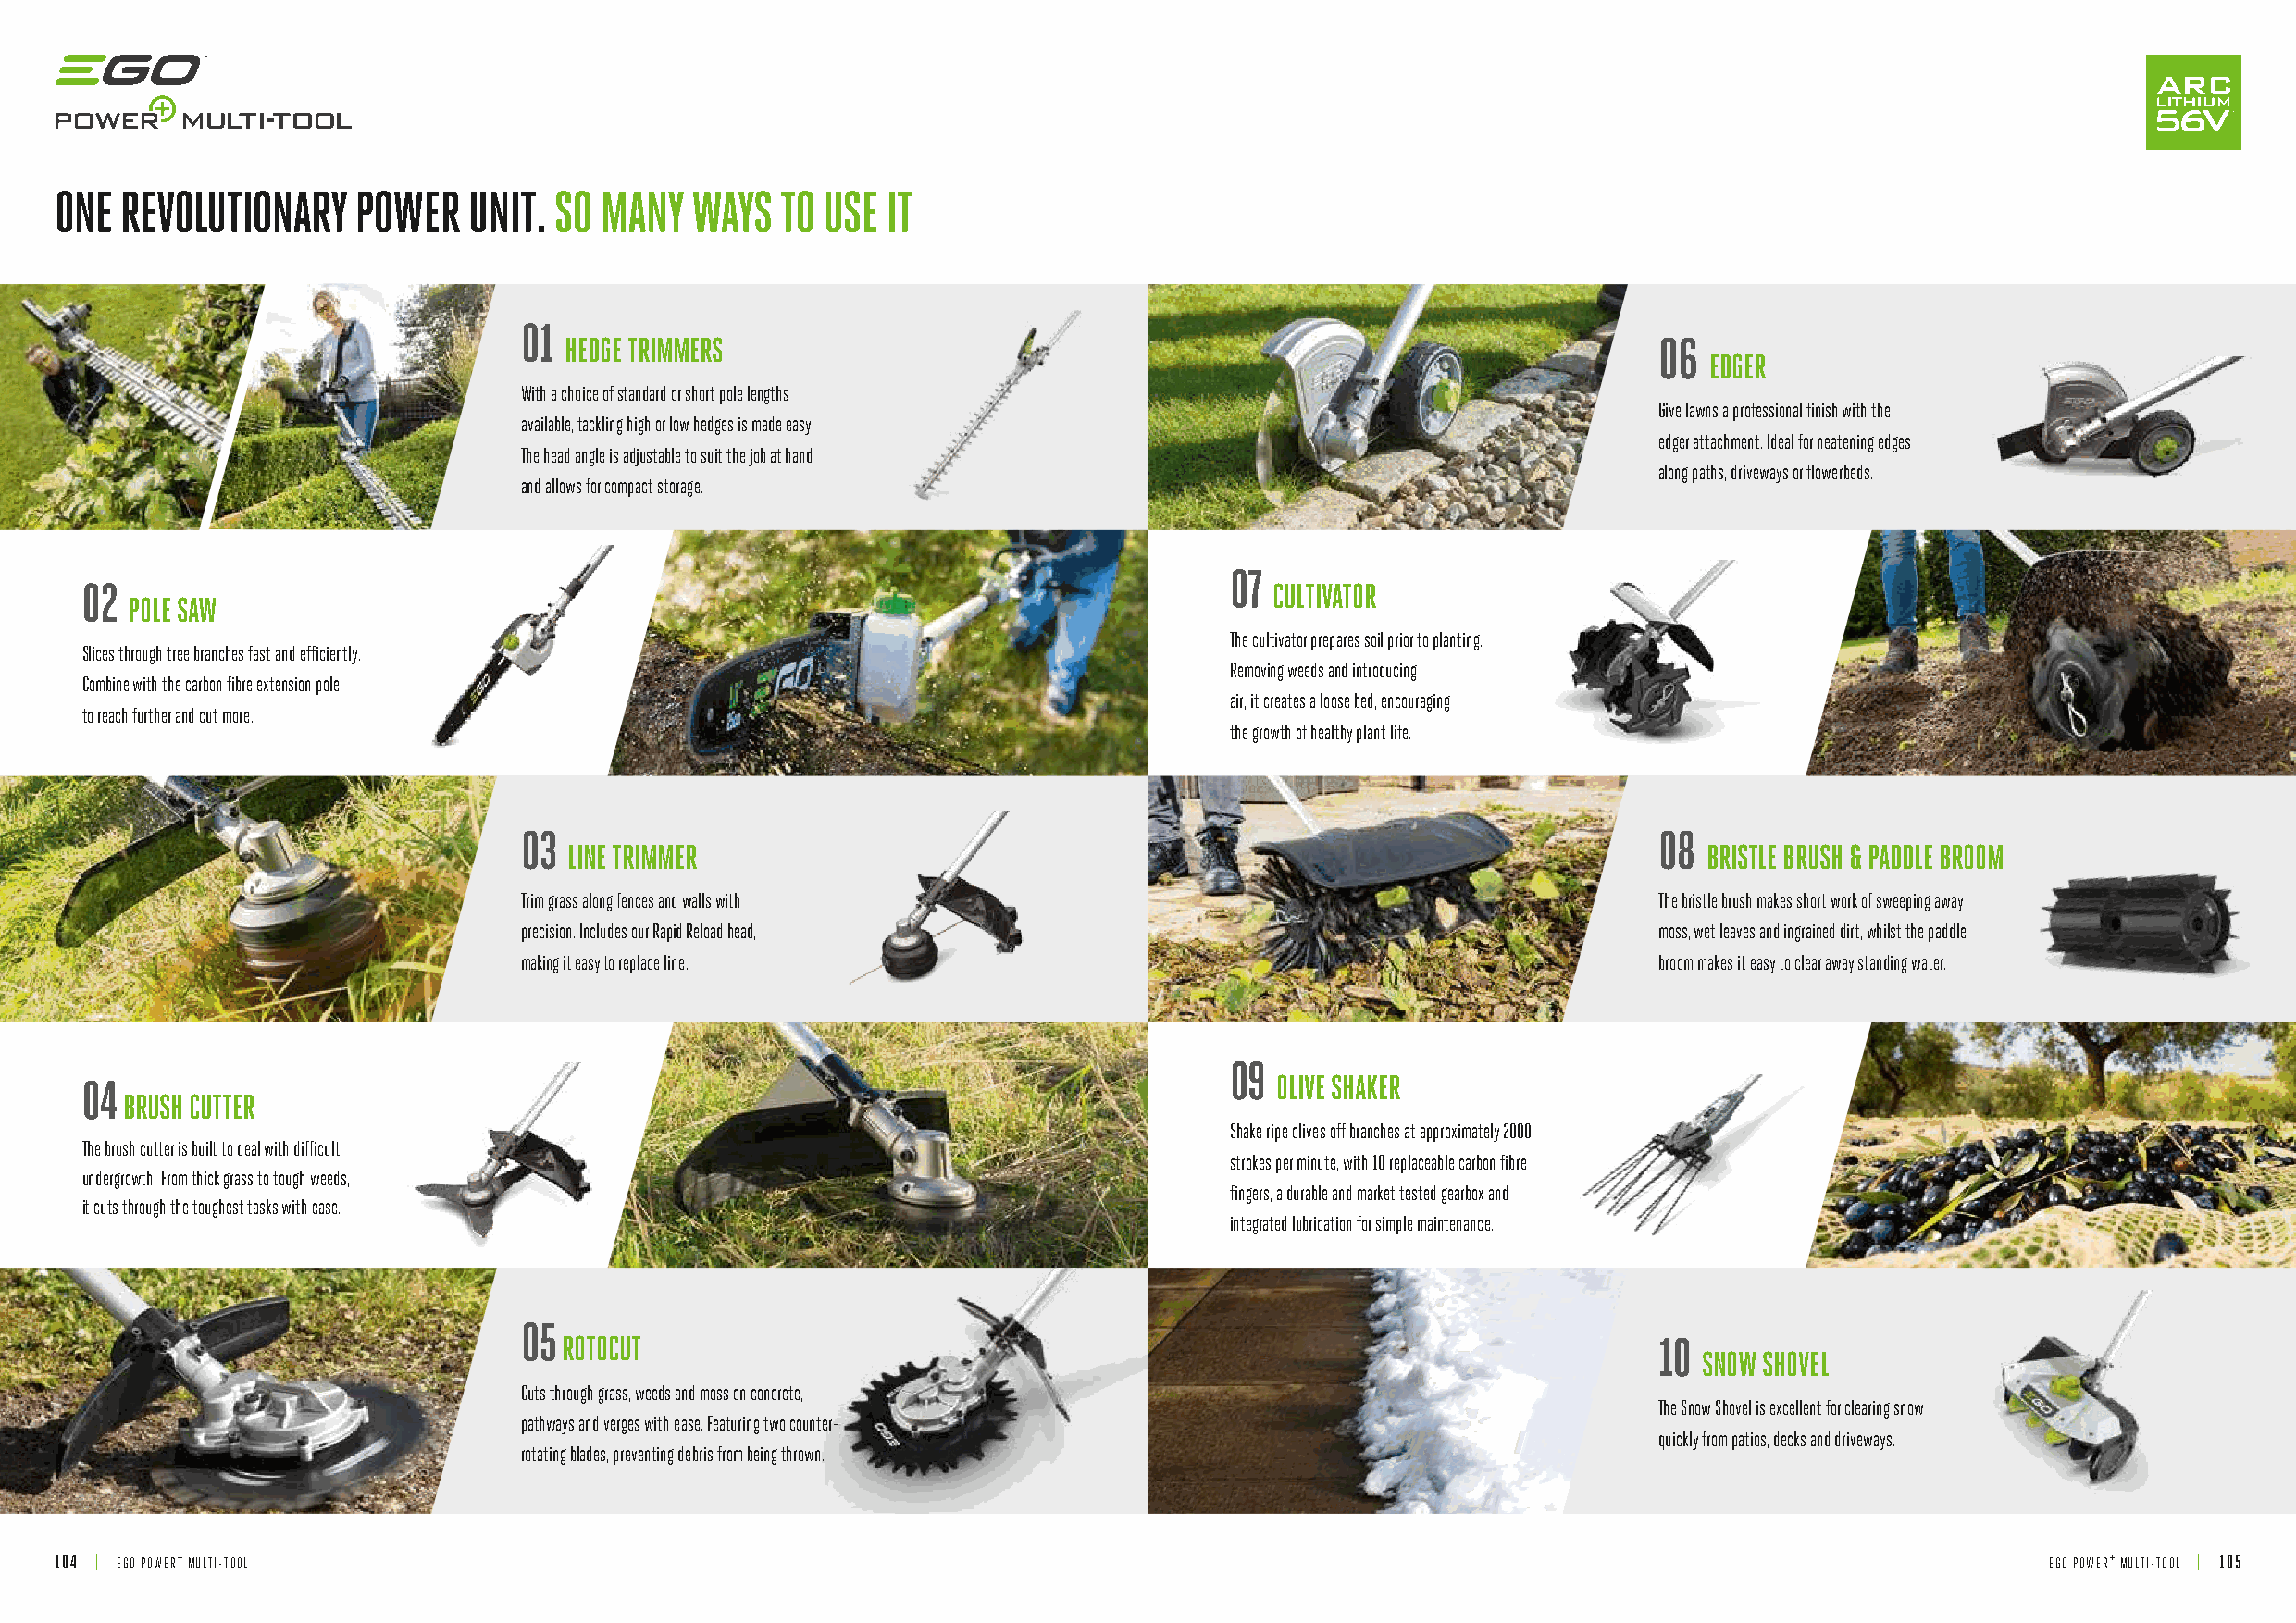
ONE  REVOLUTIONARY   POWER   UNIT.  SO MANY   WAYS  TO USE IT
 01
 HEDGE TRIMMERS                                                                 06
 EDGER
 With a choice of standard or short pole lengths
 Give lawns a professional finish with the
 available, tackling high or low hedges is made easy.
 edger attachment. Ideal for neatening edges
 The head angle is adjustable to suit the job at hand
 along paths, driveways or flowerbeds.
 and allows for compact storage.
 07
 02                                                                                   CULTIVATOR
 POLE SAW
 The cultivator prepares soil prior to planting.
 Slices through tree branches fast and efficiently.
 Removing weeds and introducing
 Combine with the carbon fibre extension pole
 air, it creates a loose bed, encouraging
 to reach further and cut more.
 the growth of healthy plant life.
 03                                                                                08
 LINE TRIMMER                                                                     BRISTLE BRUSH & PADDLE BROOM
 Trim grass along fences and walls with                                            The bristle brush makes short work of sweeping away
 precision. Includes our Rapid Reload head,                                        moss, wet leaves and ingrained dirt, whilst the paddle
 making it easy to replace line.                                                   broom makes it easy to clear away standing water.
 09
 04                                                                                   OLIVE SHAKER
 BRUSH CUTTER
 Shake ripe olives off branches at approximately 2000
 The brush cutter is built to deal with difficult
 strokes per minute, with 10 replaceable carbon fibre
 undergrowth. From thick grass to tough weeds,
 fingers, a durable and market tested gearbox and
 it cuts through the toughest tasks with ease.
 integrated lubrication for simple maintenance.
 05
 ROTOCUT                                                                        10
 SNOW SHOVEL
 Cuts through grass, weeds and moss on concrete,
 The Snow Shovel is excellent for clearing snow
 pathways and verges with ease. Featuring two counter-
 quickly from patios, decks and driveways.
 rotating blades, preventing debris from being thrown.
 104 | EGO POWER+ MULTI-TOOL                                                                                                                    EGO POWER+ MULTI-TOOL | 105